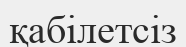
қабілетсіз